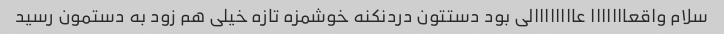
سلام واقعااااااا عاااااااالی بود دستتون دردنکنه خوشمزه تازه خیلی هم زود به دستمون رسید